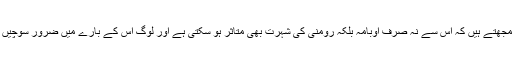
وہ سمجھتے ہیں کہ اِس سے نہ صرف اوبامہ بلکہ رومنی کی شہرت بھی متاثر ہو سکتی ہے اور لوگ اس کے بارے میں ضرور سوچیں گے۔